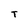
Character: t